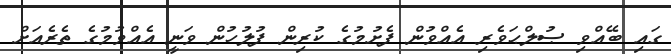
ގައި ބޭއްވި ޞުލްޙަވެރި އެއްވުން ފެށުމުގެ ކުރިން ފުލުހުން ވަނީ އެއްވުމުގެ ތެރެއަށް